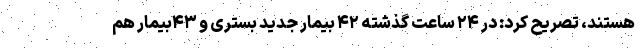
هستند، تصریح کرد: در ۲۴ ساعت گذشته ۴۲ بیمار جدید بستری و ۴۳بیمار هم